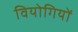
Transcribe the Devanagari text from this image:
वियोगियों